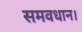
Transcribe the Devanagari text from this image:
समवधान।